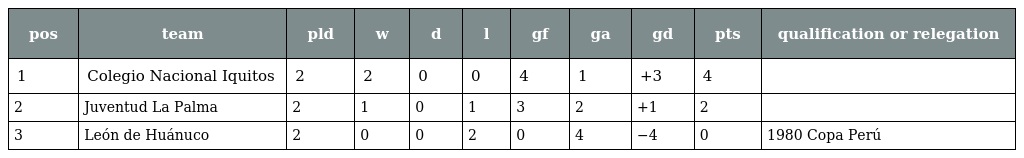
| pos | team | pld | w | d | l | gf | ga | gd | pts | qualification or relegation |
 | --- | --- | --- | --- | --- | --- | --- | --- | --- | --- | --- |
 | 1 | Colegio Nacional Iquitos | 2 | 2 | 0 | 0 | 4 | 1 | +3 | 4 |  |
 | 2 | Juventud La Palma | 2 | 1 | 0 | 1 | 3 | 2 | +1 | 2 |  |
 | 3 | León de Huánuco | 2 | 0 | 0 | 2 | 0 | 4 | −4 | 0 | 1980 Copa Perú |